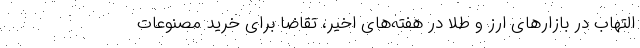
التهاب در بازارهای ارز و طلا در هفته‌های اخیر، تقاضا برای خرید مصنوعات